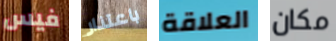
فيس باعتذار العلاقة مكان